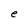
Character: e